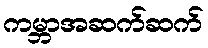
ကမ္ဘာအဆက်ဆက်